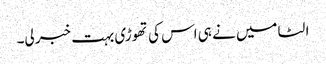
الٹا میں نے ہی اس کی تھوڑی بہت خبر لی۔